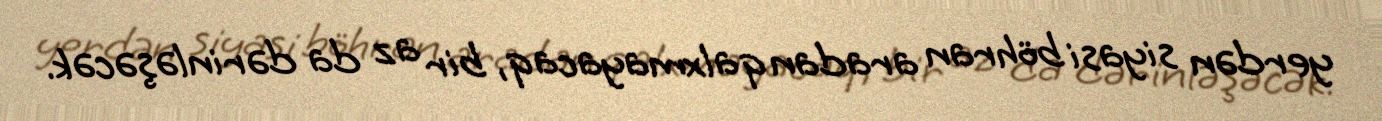
yerdən siyasi böhran aradan qalxmayacaq, bir az da dərinləşəcək.